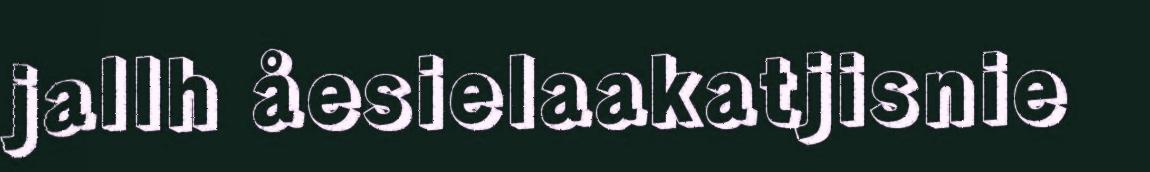
jallh åesielaakatjisnie